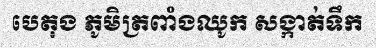
បេតុង ភូមិត្រពាំងឈូក សង្កាត់ទឹក